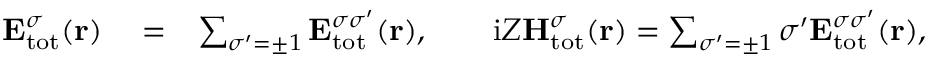
\begin{array} { r l r } { { \bf E } _ { \mathrm { { t o t } } } ^ { \sigma } ( { \bf r } ) } & { { } = } & { \sum _ { \sigma ^ { \prime } = \pm 1 } { \bf E } _ { \mathrm { { t o t } } } ^ { \sigma \sigma ^ { \prime } } ( { \bf r } ) , \qquad \mathrm { i } Z { \bf H } _ { \mathrm { { t o t } } } ^ { \sigma } ( { \bf r } ) = \sum _ { \sigma ^ { \prime } = \pm 1 } \sigma ^ { \prime } { \bf E } _ { \mathrm { { t o t } } } ^ { \sigma \sigma ^ { \prime } } ( { \bf r } ) , } \end{array}